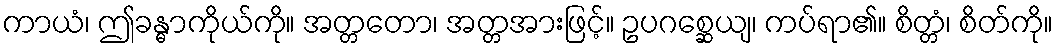
ကာယံ၊ ဤခန္ဓာကိုယ်ကို။ အတ္တတော၊ အတ္တအားဖြင့်။ ဥပဂစ္ဆေယျ၊ ကပ်ရာ၏။ စိတ္တံ၊ စိတ်ကို။